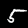
Label: 5